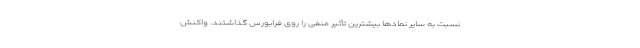
نسبت به سایر نمادها بیشترین تأثیر منفی را روی فرابورس گذاشتند. واکنش